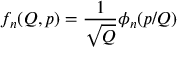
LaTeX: f _ { n } ( Q , p ) = \frac { 1 } { \sqrt { Q } } \phi _ { n } ( p / Q )